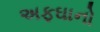
અફઘાનો